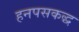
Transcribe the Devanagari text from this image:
हनपसकद्ध